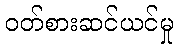
ဝတ်စားဆင်ယင်မှု